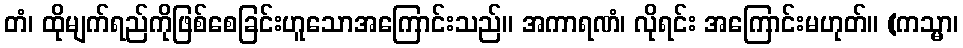
တံ၊ ထိုမျက်ရည်ကိုဖြစ်စေခြင်းဟူသောအကြောင်းသည်။ အကာရဏံ၊ လိုရင်း အကြောင်းမဟုတ်။ (ကသ္မာ၊